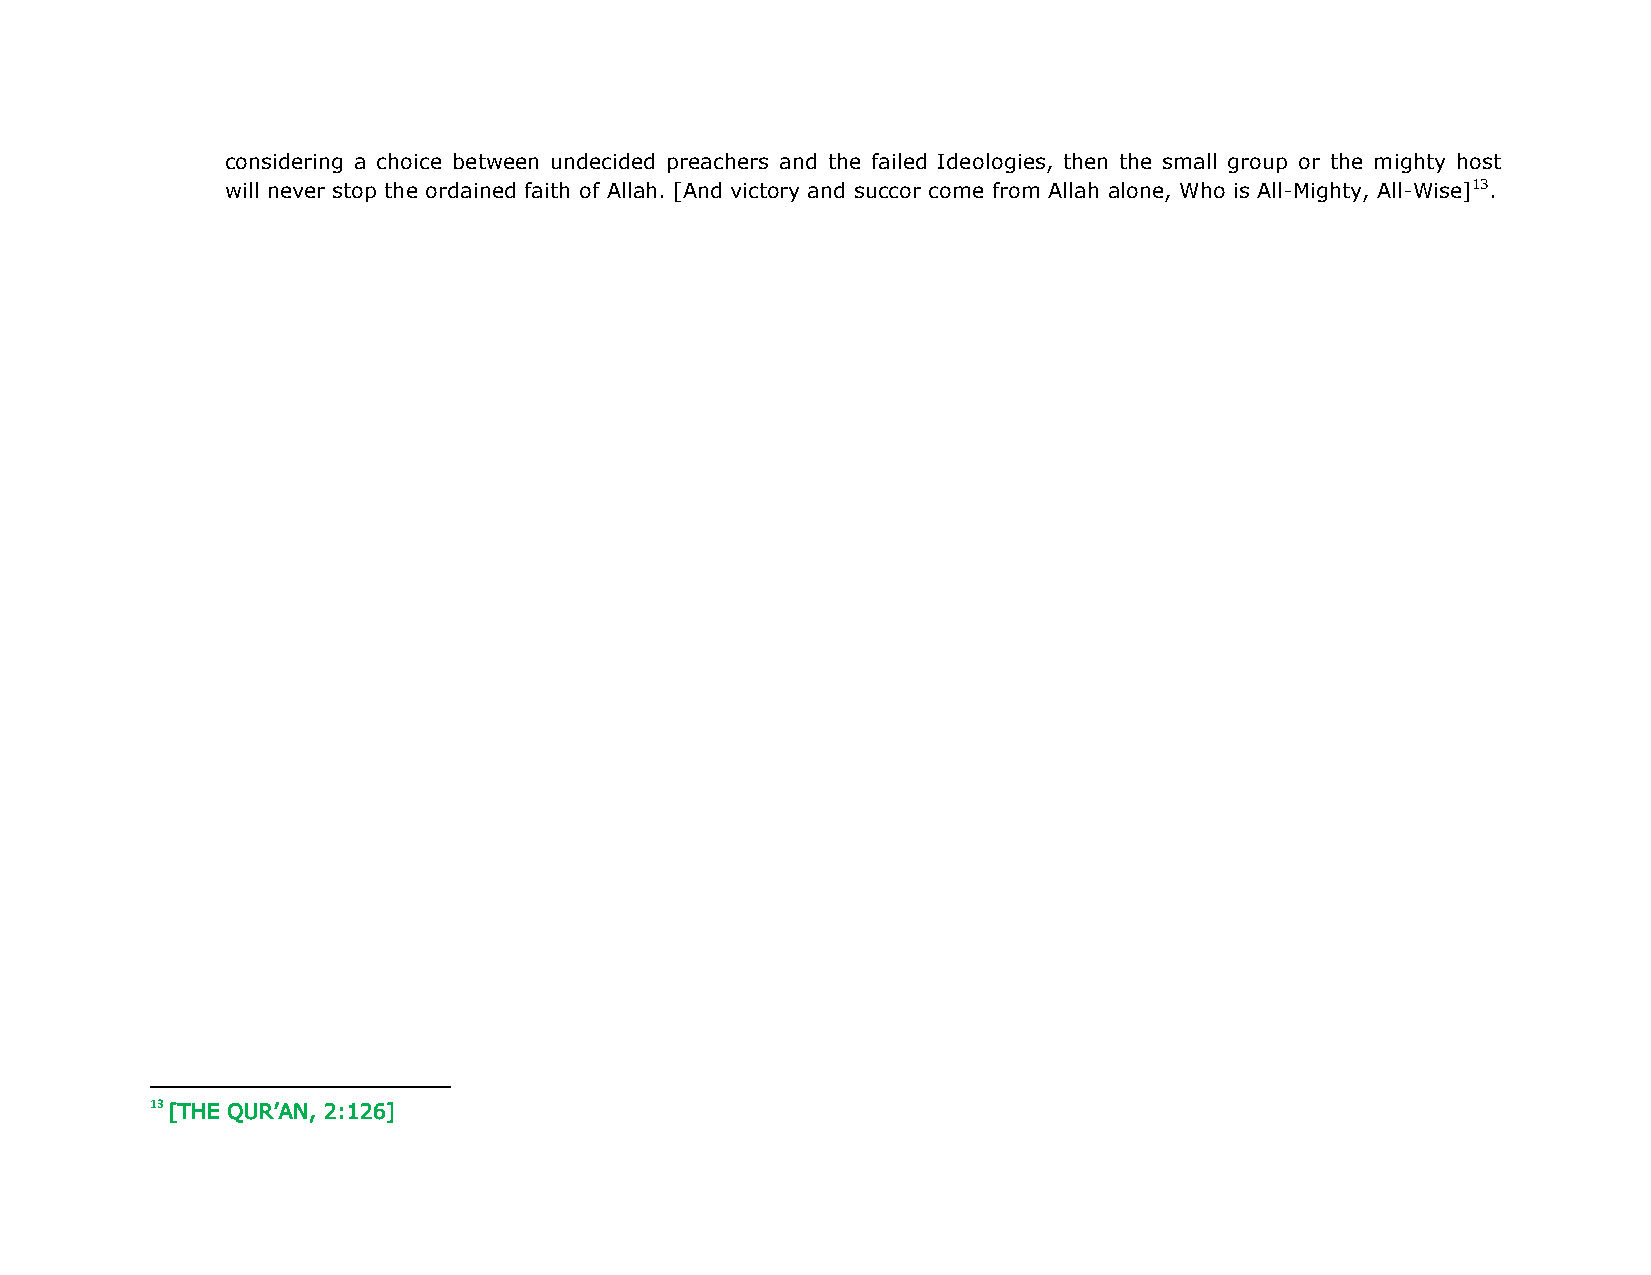
considering a choice between undecided preachers and the failed Ideologies, then the small group or the mighty host
 will never stop the ordained faith of Allah. [And victory and succor come from Allah alone, Who is All-Mighty, All-Wise]13.
 13[THE QUR’AN, 2:126]